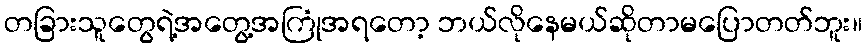
တခြားသူတွေရဲ့အတွေ့အကြုံအရတော့ ဘယ်လိုနေမယ်ဆိုတာမပြောတတ်ဘူး။